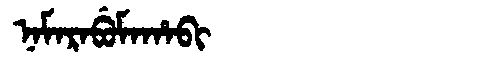
Manchu: ᠨᠠᠮᠠᡵᠠᠪᡠᠮᠠᡥᠠᠪᡳ
Romanization: NAMARABUMAHABI